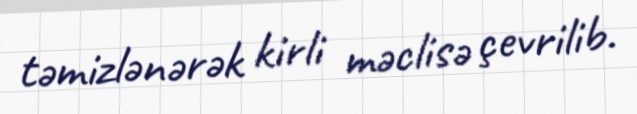
təmizlənərək kirli məclisə çevrilib.